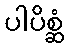
ပါပိစ္ဆံ